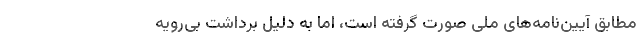
مطابق آیین‌نامه‌های ملی صورت گرفته است، اما به دلیل برداشت بی‌رویه